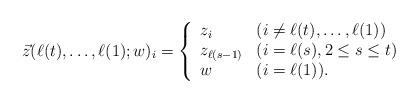
LaTeX: \begin{align*}& \vec{z}(\ell(t), \ldots , \ell(1); w)_{i}=\left\{\begin{array}{ll}z_{i} & (i\not=\ell(t), \ldots , \ell(1)) \\ z_{\ell(s-1)} & (i=\ell(s), 2\le s \le t) \\ w & (i=\ell(1)). \end{array}\right. \end{align*}